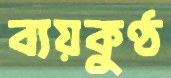
ব্যয়কুণ্ঠ